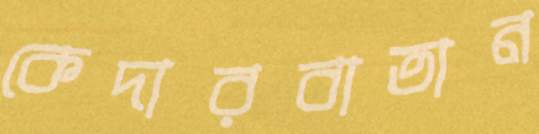
কেদারবাতান